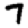
Digit: 7